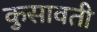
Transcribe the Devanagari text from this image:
कुसावती